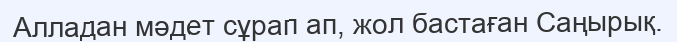
Алладан мәдет сұрап ап, жол бастаған Саңырық.